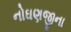
નોઘણજીના